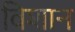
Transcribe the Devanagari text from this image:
विशान